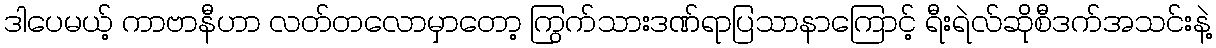
ဒါပေမယ့် ကာဗာနီဟာ လတ်တလောမှာတော့ ကြွက်သားဒဏ်ရာပြသာနာကြောင့် ရီးရဲလ်ဆိုစီဒက်အသင်းနဲ့